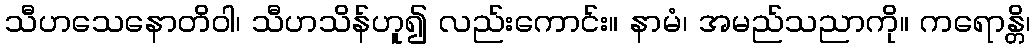
သီဟသေနောတိဝါ၊ သီဟသိန်ဟူ၍ လည်းကောင်း။ နာမံ၊ အမည်သညာကို။ ကရောန္တိ၊